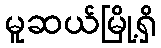
မူဆယ်မြို့ရှိ